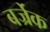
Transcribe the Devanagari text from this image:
बर्ज्रेक